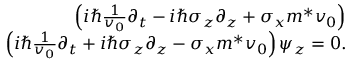
\begin{array} { r l r } & { } & { \left( i \hbar \frac { 1 } { v _ { 0 } } \partial _ { t } - i \hbar \sigma _ { z } \partial _ { z } + \sigma _ { x } m ^ { * } v _ { 0 } \right) } \\ & { } & { \left( i \hbar \frac { 1 } { v _ { 0 } } \partial _ { t } + i \hbar \sigma _ { z } \partial _ { z } - \sigma _ { x } m ^ { * } v _ { 0 } \right) \psi _ { z } = 0 . } \end{array}